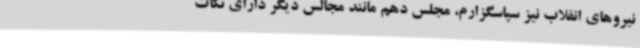
نیروهای انقلاب نیز سپاسگزارم، مجلس دهم مانند مجالس دیگر دارای نکات